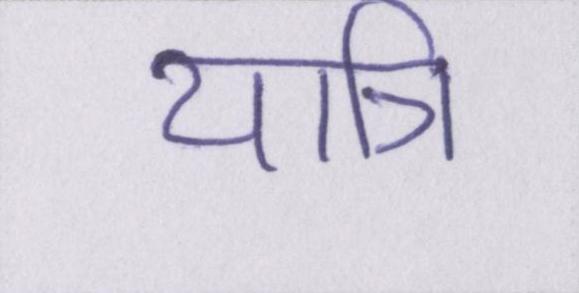
यात्रि